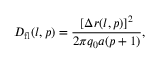
D _ { \mathrm { f l } } ( l , p ) = \frac { [ \Delta r ( l , p ) ] ^ { 2 } } { 2 \pi q _ { 0 } a ( p + 1 ) } ,